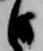
日